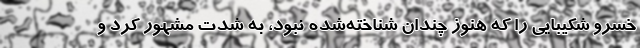
خسرو شکیبایی را که هنوز چندان شناخته‌شده نبود، به شدت مشهور کرد و